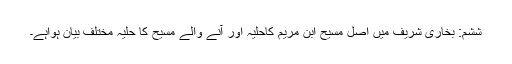
ششم: بخاری شریف میں اصل مسیح ابن مریم کاحلیہ اور آنے والے مسیح کا حلیہ مختلف بیان ہواہے۔